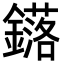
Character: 𨮎